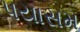
પયાસમ